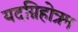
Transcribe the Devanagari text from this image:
यदग्निहोत्रम